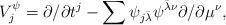
LaTeX: \begin{align*}V_j^\psi=\partial/\partial t^j-\sum \psi_{j\bar\lambda}\psi^{\bar\lambda\nu}\partial/\partial \mu^\nu,\end{align*}